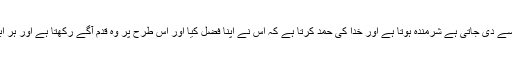
مومن کا کام یہ ہے کسی کامیابی پر جو اسے دی جاتی ہے شرمندہ ہوتا ہے اور خدا کی حمد کرتا ہے کہ اس نے اپنا فضل کیا اور اس طرح پر وہ قدم آگے رکھتا ہے اور ہر ابتلاء میں وہ ثابت قدم رہ کر ایمان پاتا ہے۔